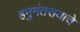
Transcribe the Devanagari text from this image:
हनुमंतरायाचे